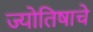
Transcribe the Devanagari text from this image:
ज्योतिषाचे